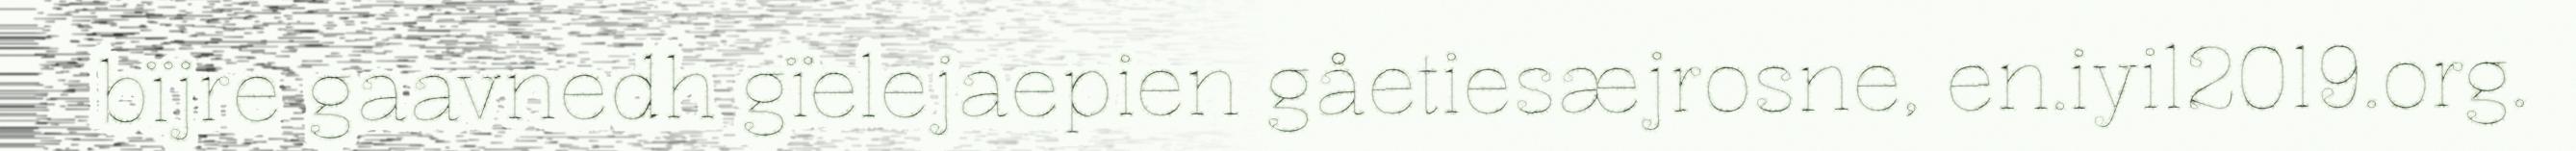
bïjre gaavnedh gïelejaepien gåetiesæjrosne, en.iyil2019.org.